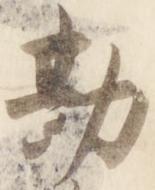
勘